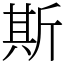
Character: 斯